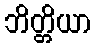
ဘိတ္တိယာ